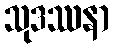
သုဒဿနာ